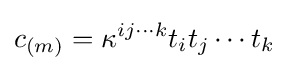
c_{(m)}=\kappa ^{ij\cdots k}t_{i}t_{j}\cdots t_{k}